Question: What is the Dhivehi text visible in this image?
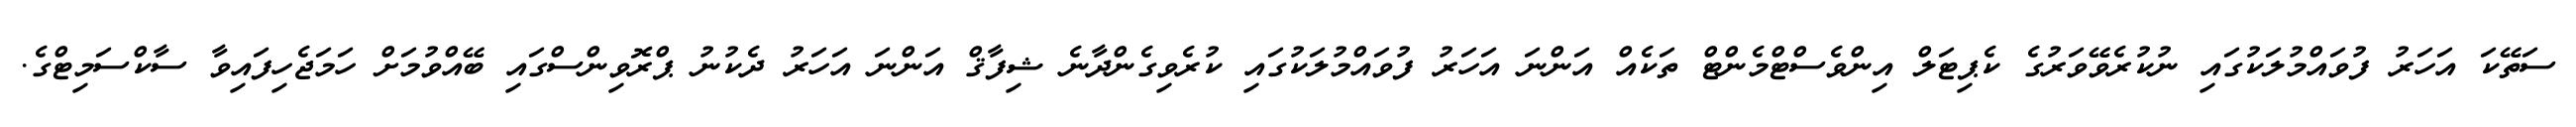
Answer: ސަތޭކަ އަހަރު ފުވައްމުލަކުގައި ނުކުރެވޭވަރުގެ ކެޕިޓަލް އިންވެސްޓްމެންޓް ތަކެއް އަންނަ އަހަރު ފުވައްމުލަކުގައި ކުރެވިގެންދާނެ ޝިފާޤް އަންނަ އަހަރު ދެކުނު ޕްރޮވިންސްގައި ބޭއްވުމަށް ހަމަޖެހިފައިވާ ސާކްސަމިޓްގެ.